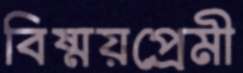
বিষ্ময়প্রেমী